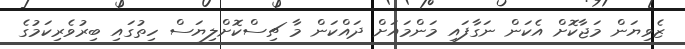
ޒެވިޔަން މަޖާކޮށް އެކަން ނަގާފައި މަންމައަށް ދައްކަން މާ ޗިސްކޮށްލިޔަސް ހިތުގައި ބިރުވެރިކަމުގެ